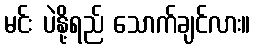
မင်း ပဲနို့ရည် သောက်ချင်လား။